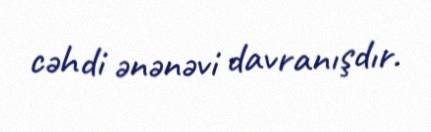
cəhdi ənənəvi davranışdır.